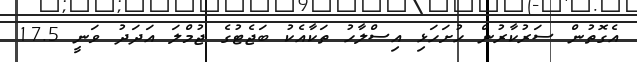
އެގޮތުން ސަރުކާރުން ހުށަހަޅި އިސްލާހު ތަކާއެކު ބަޖެޓުގެ ޖުމްލަ އަދަދު ވަނީ 17.5